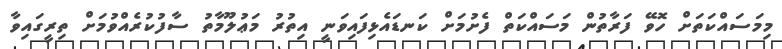
މިމަސައްކަތަށް ހޮވޭ ފަރާތުން މަސައްކަތް ފެށުމަށް ކަނޑައެޅިފައިވަނީ އިތުރު މަޢުލޫމާތު ސާފުކުރެއްވުމަށް ތިރީގައިވާ